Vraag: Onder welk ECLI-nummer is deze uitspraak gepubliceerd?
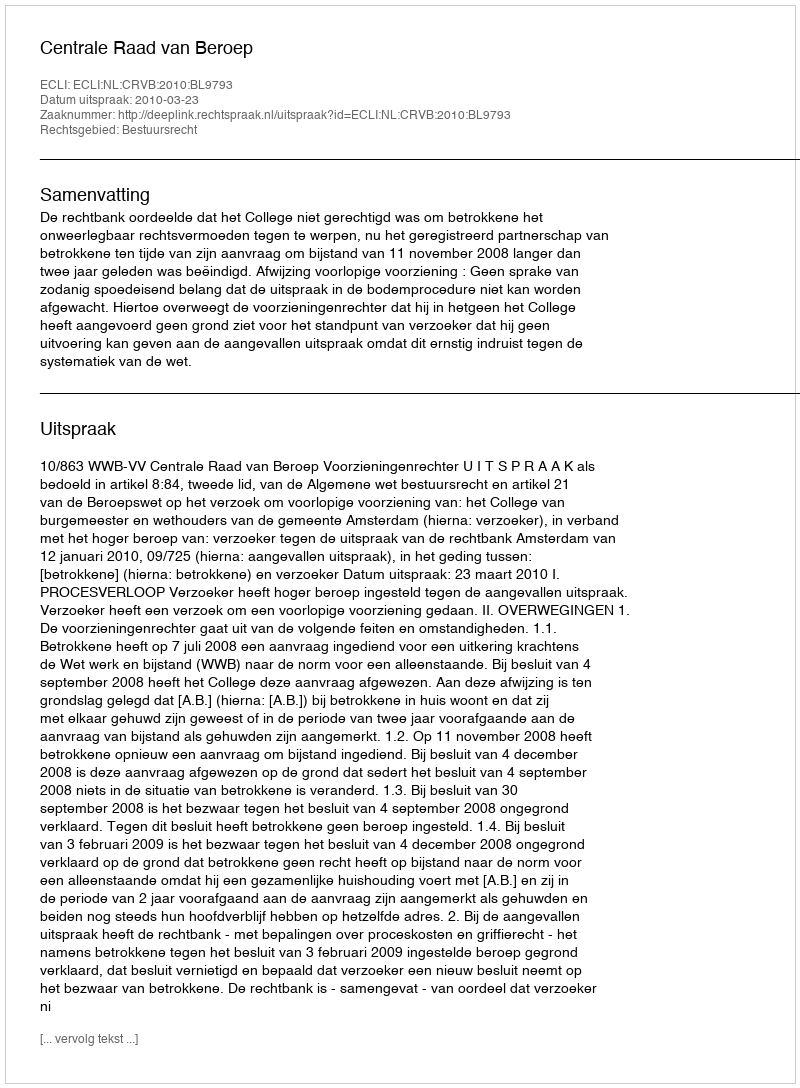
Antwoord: ECLI:NL:CRVB:2010:BL9793